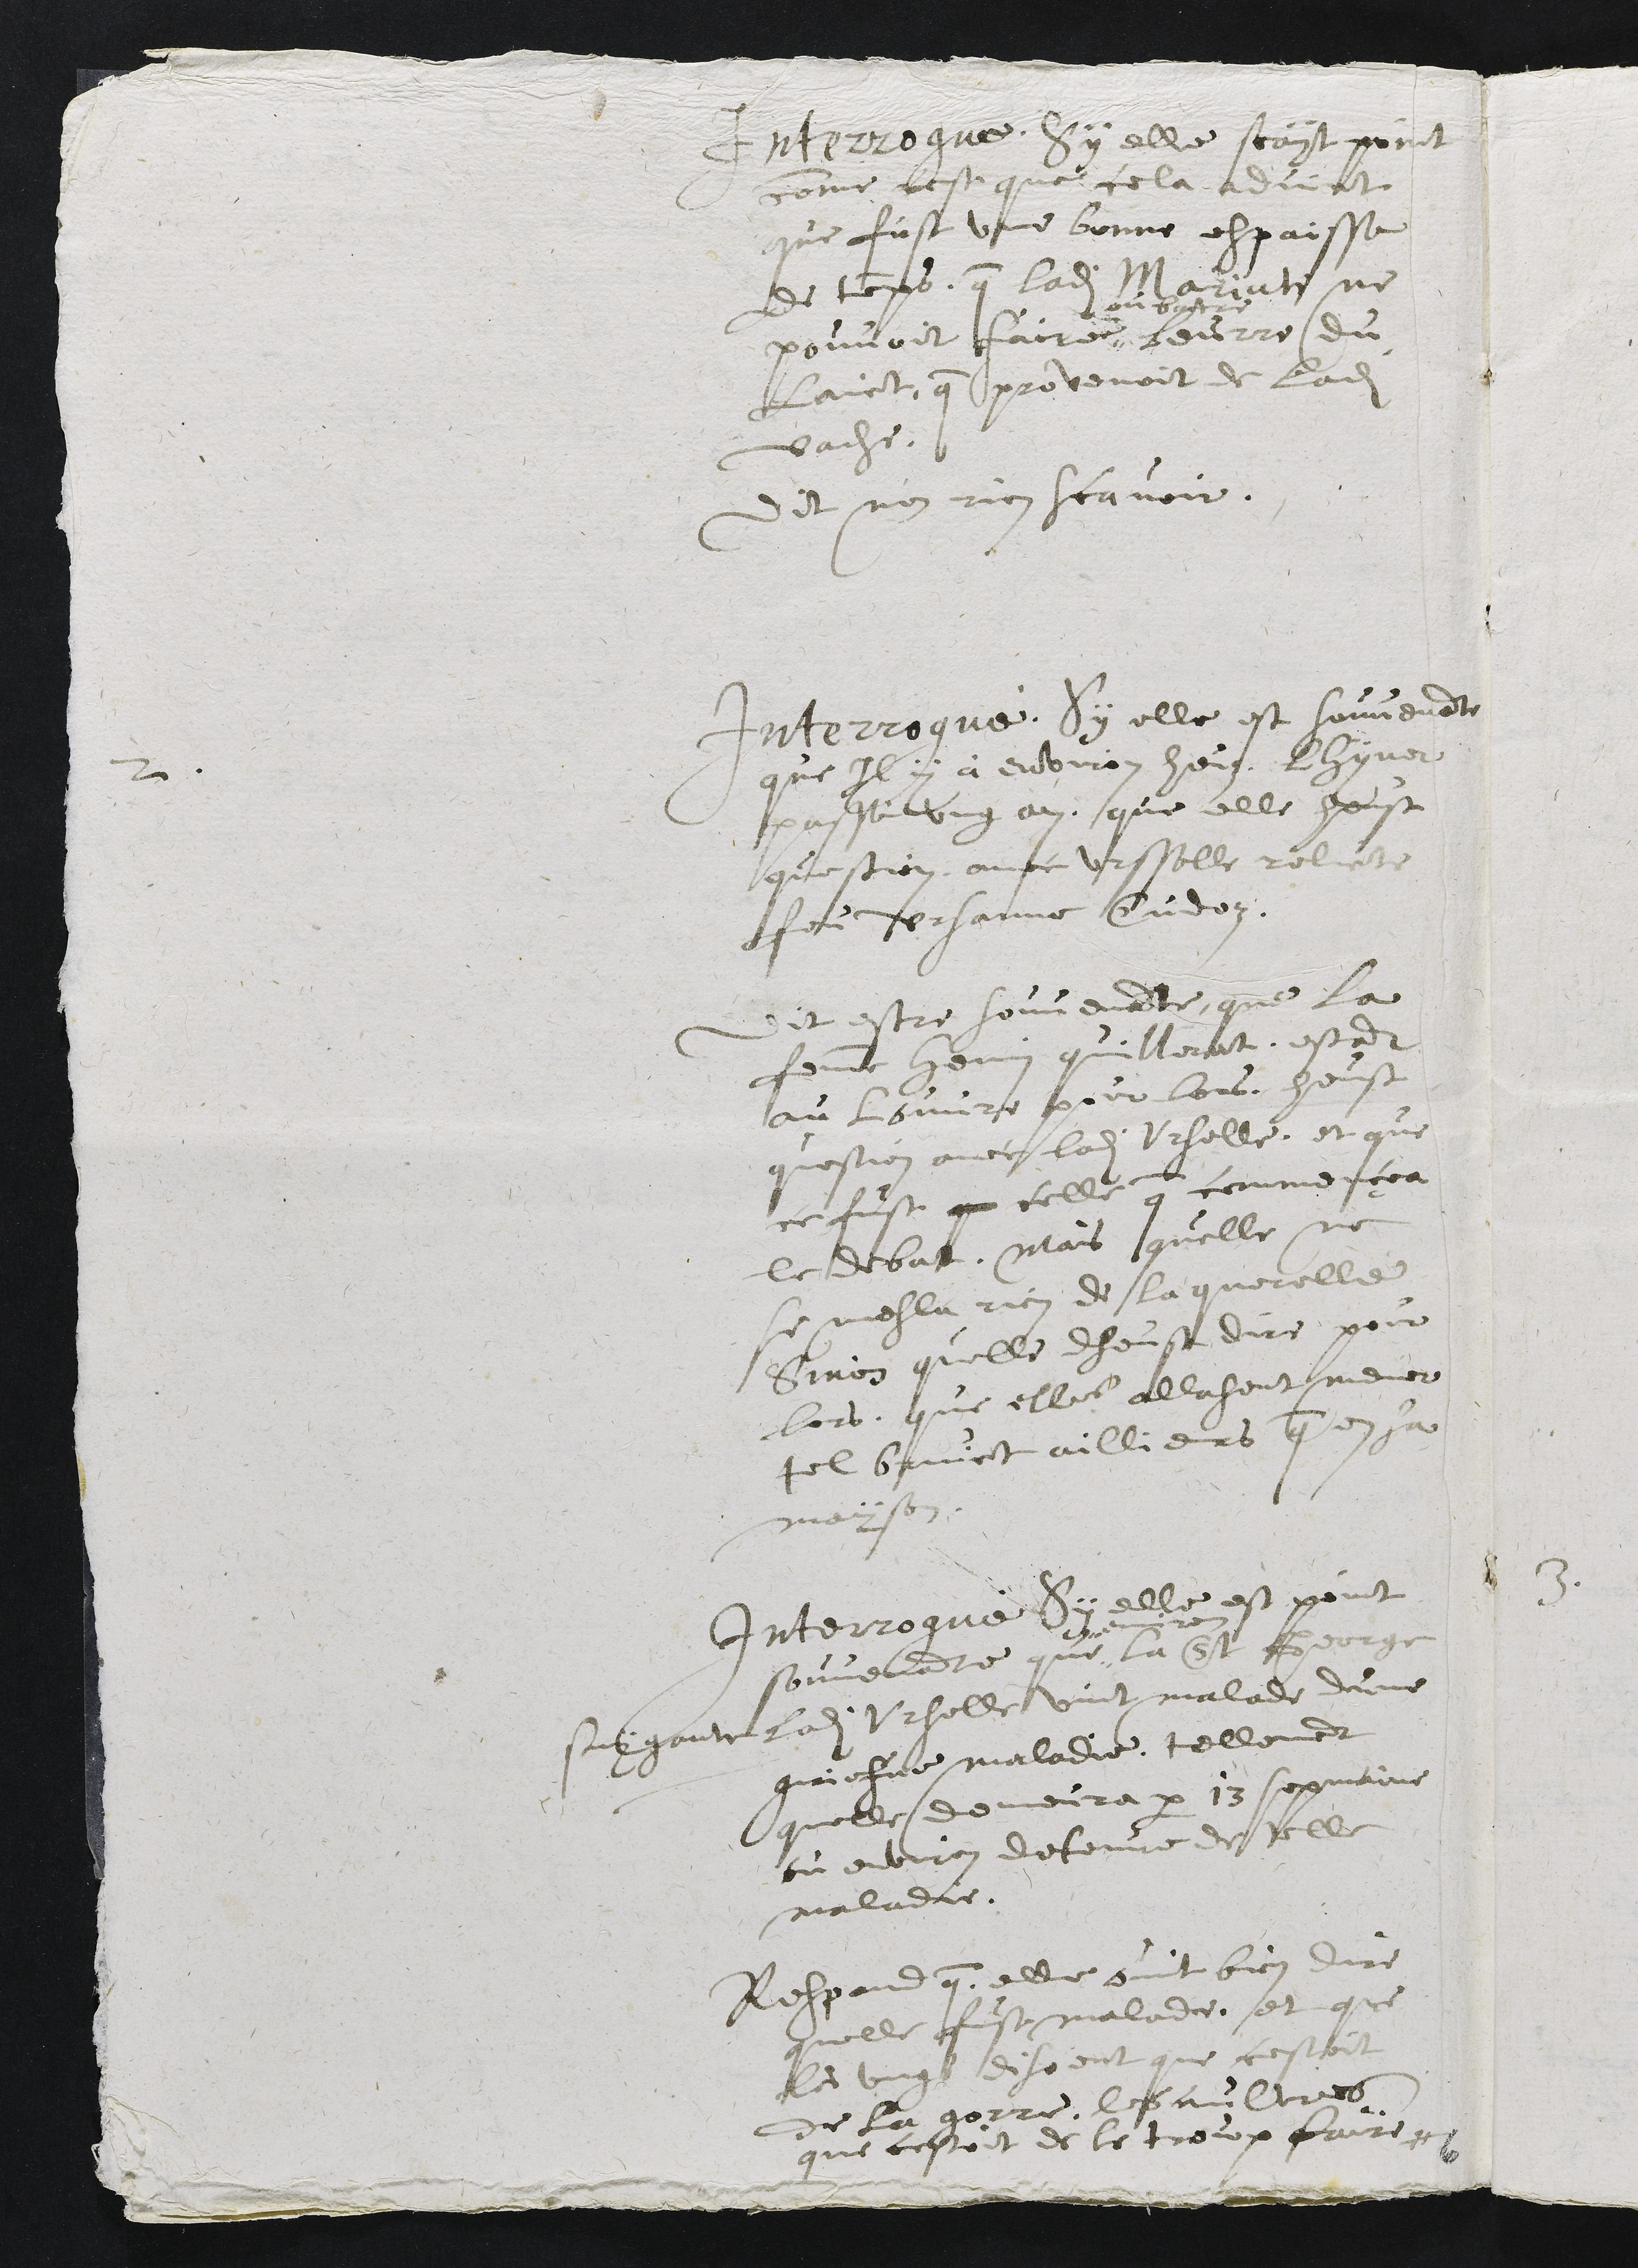
Interrogue, Sy elle scayt point
comme cest que cela advint
que fust une bonne espaisse
de temps, que ladite Mariate ne
pouvoit faire "
ou batre
beurre du
laict, que provenoit de ladite
vache.
Dit n'en rien scavoir.
2.
Interrogué, Sy elle est souvenante
que Il y a environ heuz lhyver
passé ung an, que elle heust
question avec Ursselle relicte
feu Ursanne Cudoz.
Dit estre souvenante, que la
femme Henry quillerat, estant
au Louvre pour lors, heust
question avec ladite Urselle, et que
ce fust q celle que commençea
le debat, mais quelle ne
se mesla rien de la querelle
Sinon quelle dheust dire pour
lors, que elles allasent mener
tel bruict aillieurs que en sa
mayson.
Interrogué Sy elle est point
souvenante que "
" environ
la St George
suygante ladite Urselle vint malade dune
griefve maladie, tellement
quelle demeura par 13 sepmaine
ou environ detenue de telle
maladie.
Respond que elle ouit bien dire
quelle fust malade, et que
les ungs disoient que cestoit
de la gorre, les aultres
que cestoit de le troup faire #